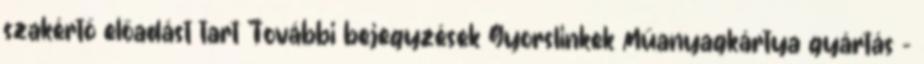
szakértő előadást tart További bejegyzések Gyorslinkek Műanyagkártya gyártás –